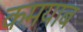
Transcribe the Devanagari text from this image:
कमयाब